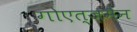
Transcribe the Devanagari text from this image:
गोएत्ज़मैन